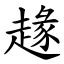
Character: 䞼